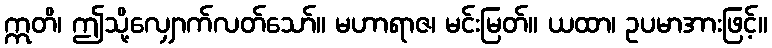
ဣတိ၊ ဤသို့လျှောက်လတ်သော်။ မဟာရာဇ၊ မင်းမြတ်။ ယထာ၊ ဥပမာအားဖြင့်။